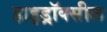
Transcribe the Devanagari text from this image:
हाइड्रॉक्सील